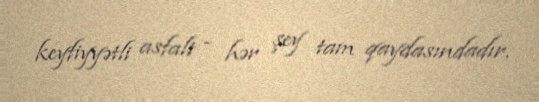
keyfiyyətli asfalt - hər şey tam qaydasındadır.